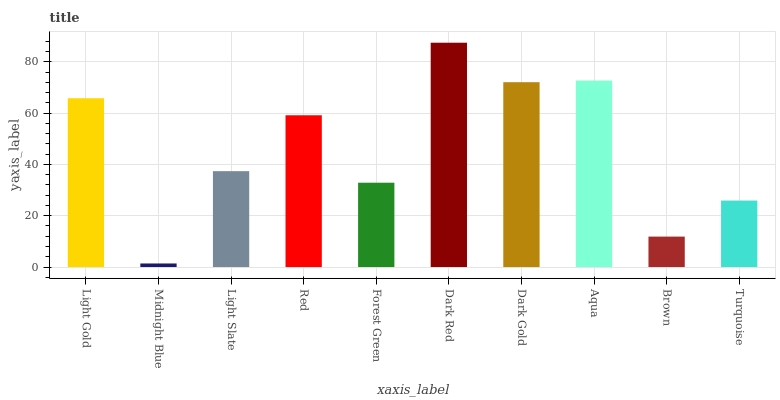
| xaxis_label | bars |
 | --- | --- |
 | Light Gold | 65.8 |
 | Midnight Blue | 1.39 |
 | Light Slate | 37.4 |
 | Red | 59.1 |
 | Forest Green | 32.9 |
 | Dark Red | 87.4 |
 | Dark Gold | 72 |
 | Aqua | 72.7 |
 | Brown | 11.9 |
 | Turquoise | 25.9 |